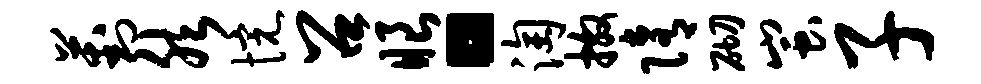
葑然惋召眼。淘撒隋砌蚩子